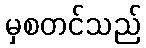
မှစတင်သည်